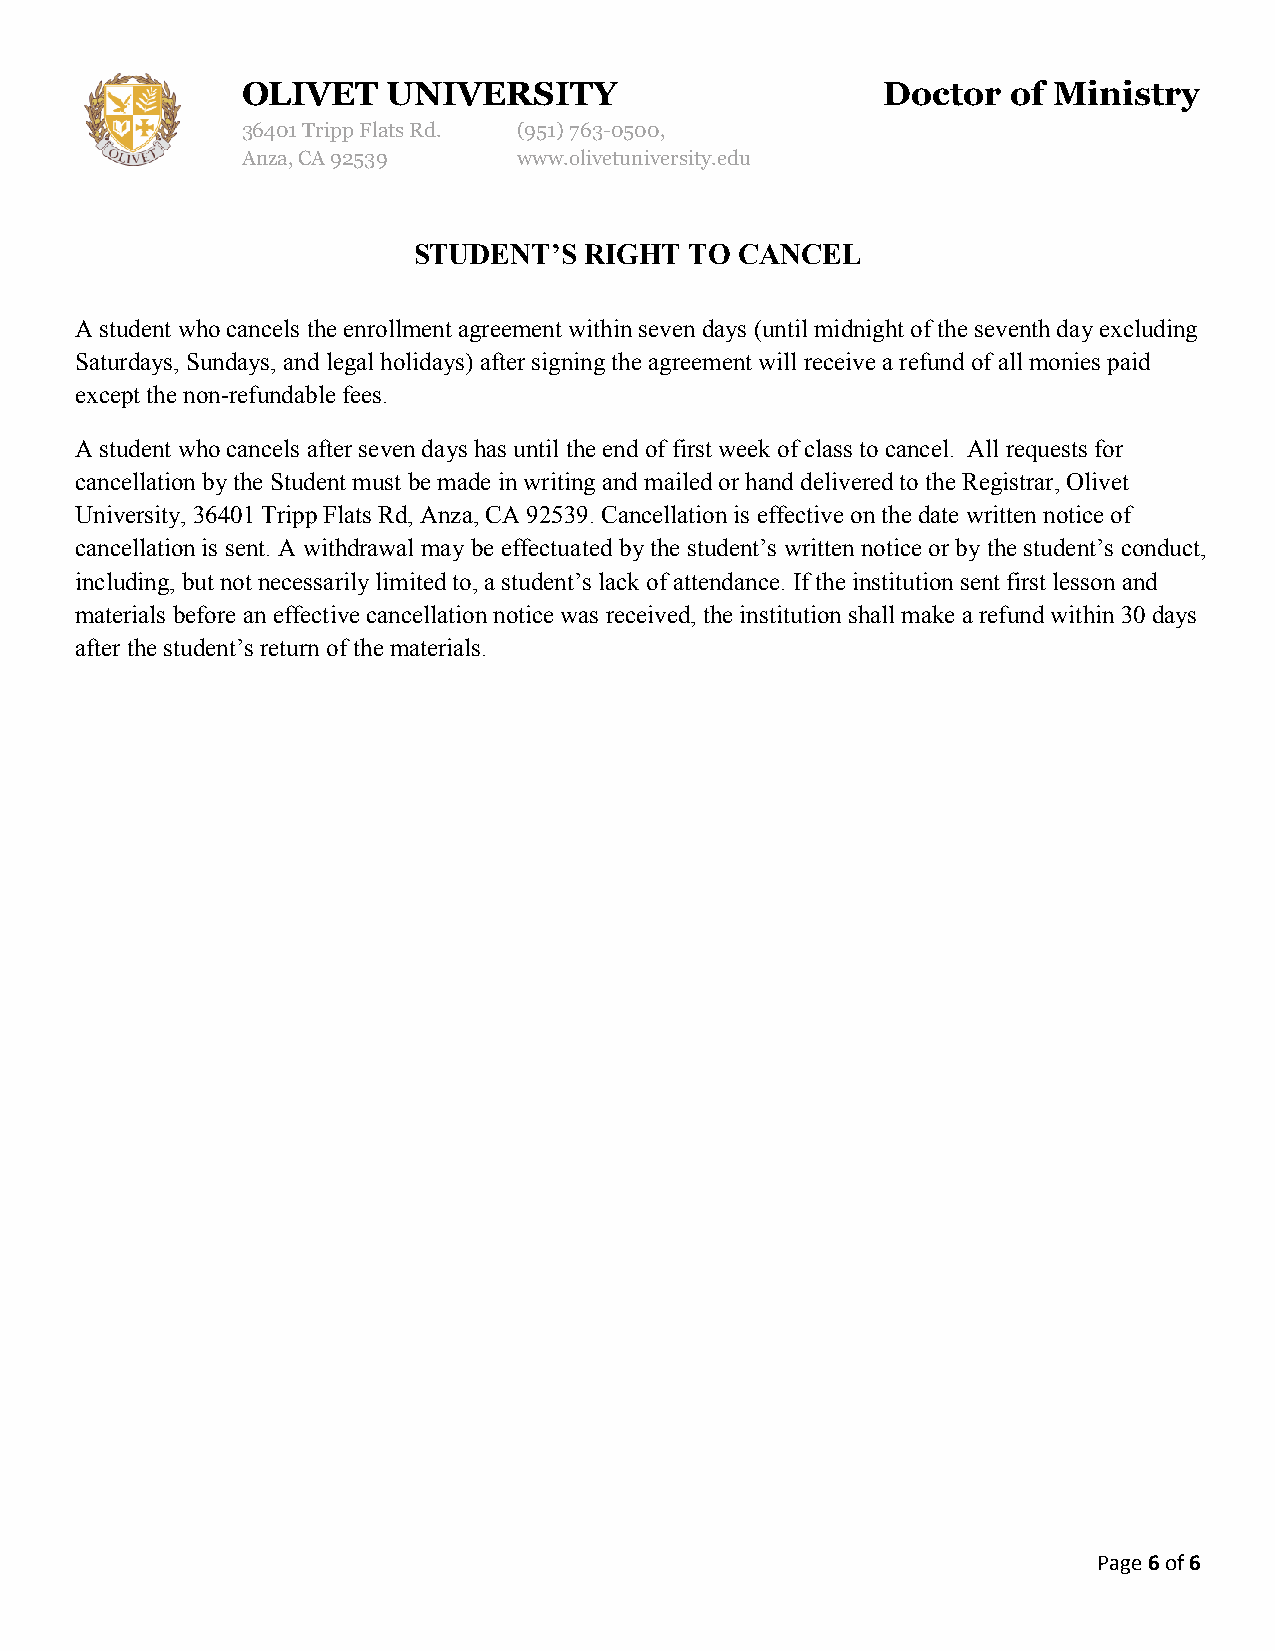
OLIVET    UNIVERSITY                      Doctor   of Ministry
 36401 Tripp Flats Rd. (951)763-0500,
 Anza, CA 92539    www.olivetuniversity.edu
 STUDENT’S   RIGHT  TO CANCEL
 A student who cancels the enrollment agreement within seven days (until midnight of the seventh day excluding
 Saturdays, Sundays, and legal holidays) after signing the agreement will receive a refund of all monies paid
 except the non-refundable fees.
 A student who cancels after seven days has until the end of first week of class to cancel. All requests for
 cancellation by the Student must be made in writing and mailed or hand delivered to the Registrar, Olivet
 University, 36401 Tripp Flats Rd, Anza, CA 92539. Cancellation is effective on the date written notice of
 cancellation is sent. A withdrawal may be effectuated by the student’s written notice or by the student’s conduct,
 including, but not necessarily limited to, a student’s lack of attendance. If the institution sent first lesson and
 materials before an effective cancellation notice was received, the institution shall make a refund within 30 days
 after the student’s return of the materials.
 Page 6 of 6